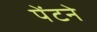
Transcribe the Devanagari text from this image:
पेंटने